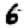
Digit: 6